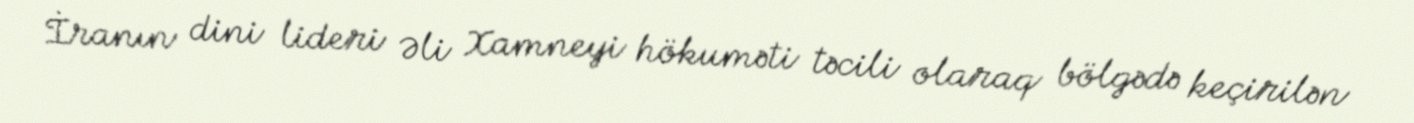
İranın dini lideri Əli Xamneyi hökuməti təcili olaraq bölgədə keçirilən